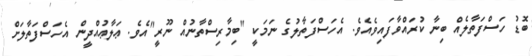
ބޮޑު ހަސްފަތާލެއް ބިނާ ކުރައްވާފައިވެއެވެ. އެހަސްފަތާލުގެ ނަމަކީ "ބިމާރިސްތާނުއް ނޫރީ"އެވެ. ޢަލާޢުއްދީން އެހަސްފަތާލަށް